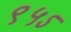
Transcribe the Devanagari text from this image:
९५ऽ